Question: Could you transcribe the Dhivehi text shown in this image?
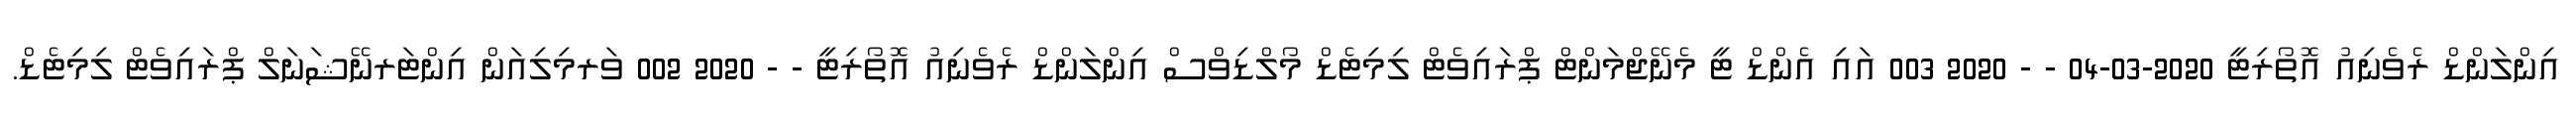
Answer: އިންލަންޑް ރެވެނިއު އޮތޯރިޓީ 2020-03-04 - - 2020 003 އައި އެންޑް ޓީ މެނޭޖްމަންޓް ޕްރައިވެޓް ލިމިޓެޑް މޯލްޑިވްސް އިންލަންޑް ރެވެނިއު އޮތޯރިޓީ - - 2020 002 ވަރމިލިއަން އިންޓަރނޭޝަނަލް ޕްރައިވެޓް ލިމިޓެޑް.